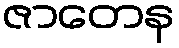
ဇာတေန